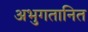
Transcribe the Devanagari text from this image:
अभुगतानित